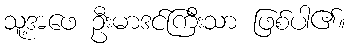
သူ့အဖေ ဦးမာဒင်ကြီးသာ ဖြစ်ပါ၏။